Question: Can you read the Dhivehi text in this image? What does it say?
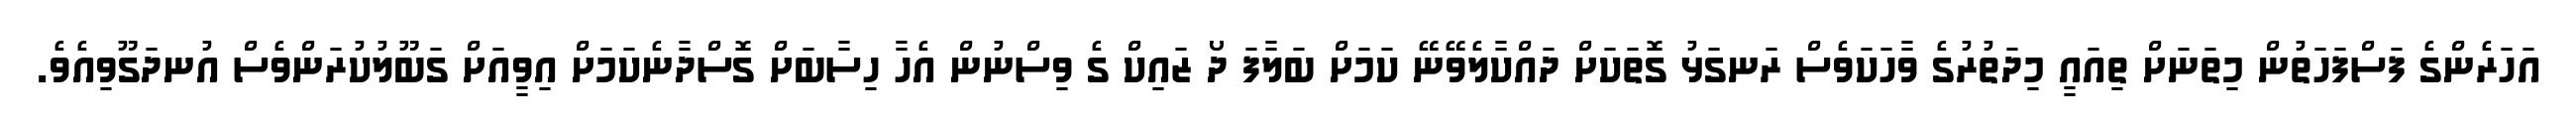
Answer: އަހަރެންގެ ފަސްފަހަތުން މިތަނަށް ތިއައީ މިދަތުރުގެ ވާހަކަވެސް ރަނގަޅު ގޮތަކަށް ދައްކާލެވޭނޭ ކަމަށް ބަލާފަ ދޯ ޒައިކް ގެ ވިސްނުން އެހާ ހިސާބަށް ގޮސްދާނެކަމަށް އިވީއަށް ގަބޫލުކުރަންވެސް އުނދަގޫވިއެވެ.